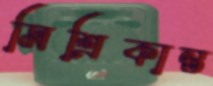
মিশ্রিকান্ত